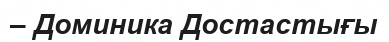
– Доминика Достастығы